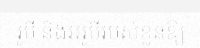
រូបី និងអរូបីរបស់ខ្លួនឱ្យ